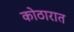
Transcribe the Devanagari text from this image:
कोठारात